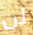
لن